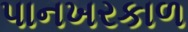
પાનખરકાળ